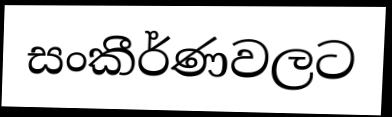
සංකීර්ණවලට